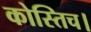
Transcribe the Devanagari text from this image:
कोस्तिच।